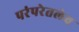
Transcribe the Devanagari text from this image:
परंपरेतलेच